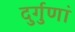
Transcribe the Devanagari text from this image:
दुर्गुणां